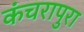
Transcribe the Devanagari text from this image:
कंचरापुरा